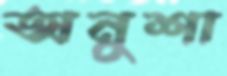
অনুশা